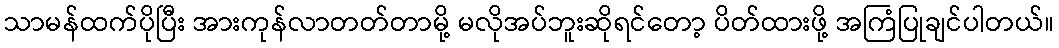
သာမန်ထက်ပိုပြီး အားကုန်လာတတ်တာမို့ မလိုအပ်ဘူးဆိုရင်တော့ ပိတ်ထားဖို့ အကြံပြုချင်ပါတယ်။